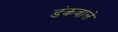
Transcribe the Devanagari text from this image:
डंकवाले